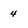
Character: 4